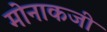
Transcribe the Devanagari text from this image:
मोनाकजी